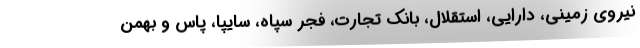
نیروی زمینی، دارایی، استقلال، بانک تجارت، فجر سپاه، سایپا، پاس و بهمن